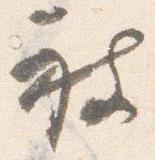
被